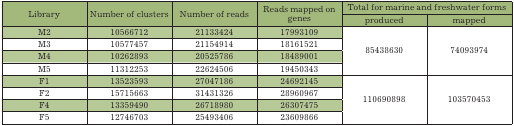
| <ROWSPAN=2> Library | <ROWSPAN=2> Number of clusters | <ROWSPAN=2> Number of reads | <ROWSPAN=2> Reads mapped ongenes | <COLSPAN=2> Total for marine and freshwater forms |
 | produced | mapped |
 | --- | --- | --- | --- | --- | --- |
 | M2 | 10566712 | 21133424 | 17993109 | <ROWSPAN=4> 85438630 | <ROWSPAN=4> 74093974 |
 | M3 | 10577457 | 21154914 | 18161521 |
 | M4 | 10262893 | 20525786 | 18489001 |
 | M5 | 11312253 | 22624506 | 19450343 |
 | F1 | 13523593 | 27047186 | 24692145 | <ROWSPAN=4> 110690898 | <ROWSPAN=4> 103570453 |
 | F2 | 15715663 | 31431326 | 28960967 |
 | F4 | 13359490 | 26718980 | 26307475 |
 | F5 | 12746703 | 25493406 | 23609866 |